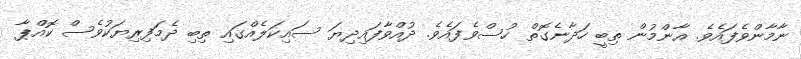
ނާމާންވެފައެވެ. އާންމުން ތިބީ ހަދާނެގޮތް ހުސްވެފައެވެ. ދުއްވާފައިދިޔަ ސައިކަލެއްގައި ތިބި ދެމަފިރިޔަކުވެސް ކޮއްޕާ